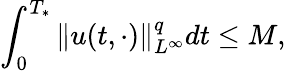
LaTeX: \int_{0}^{T_{*}}\| u(t,\cdot)\| _{L^{\infty}}^{q}dt\leq M,